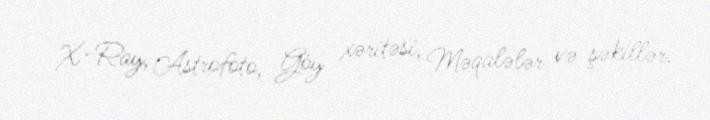
X-Ray, Astrofoto, Göy xəritəsi, Məqalələr və şəkillər.